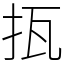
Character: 㧚